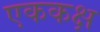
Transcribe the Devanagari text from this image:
एककक्ष